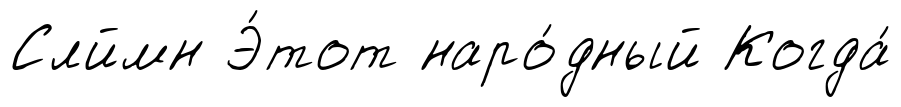
Слймн Э́тот наро́дный Когда́